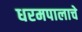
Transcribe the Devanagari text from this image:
धरमपालाचे